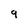
Character: 9